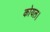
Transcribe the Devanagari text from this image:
कोयल।